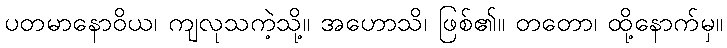
ပတမာနောဝိယ၊ ကျလုသကဲ့သို့။ အဟောသိ၊ ဖြစ်၏။ တတော၊ ထို့နောက်မှ။